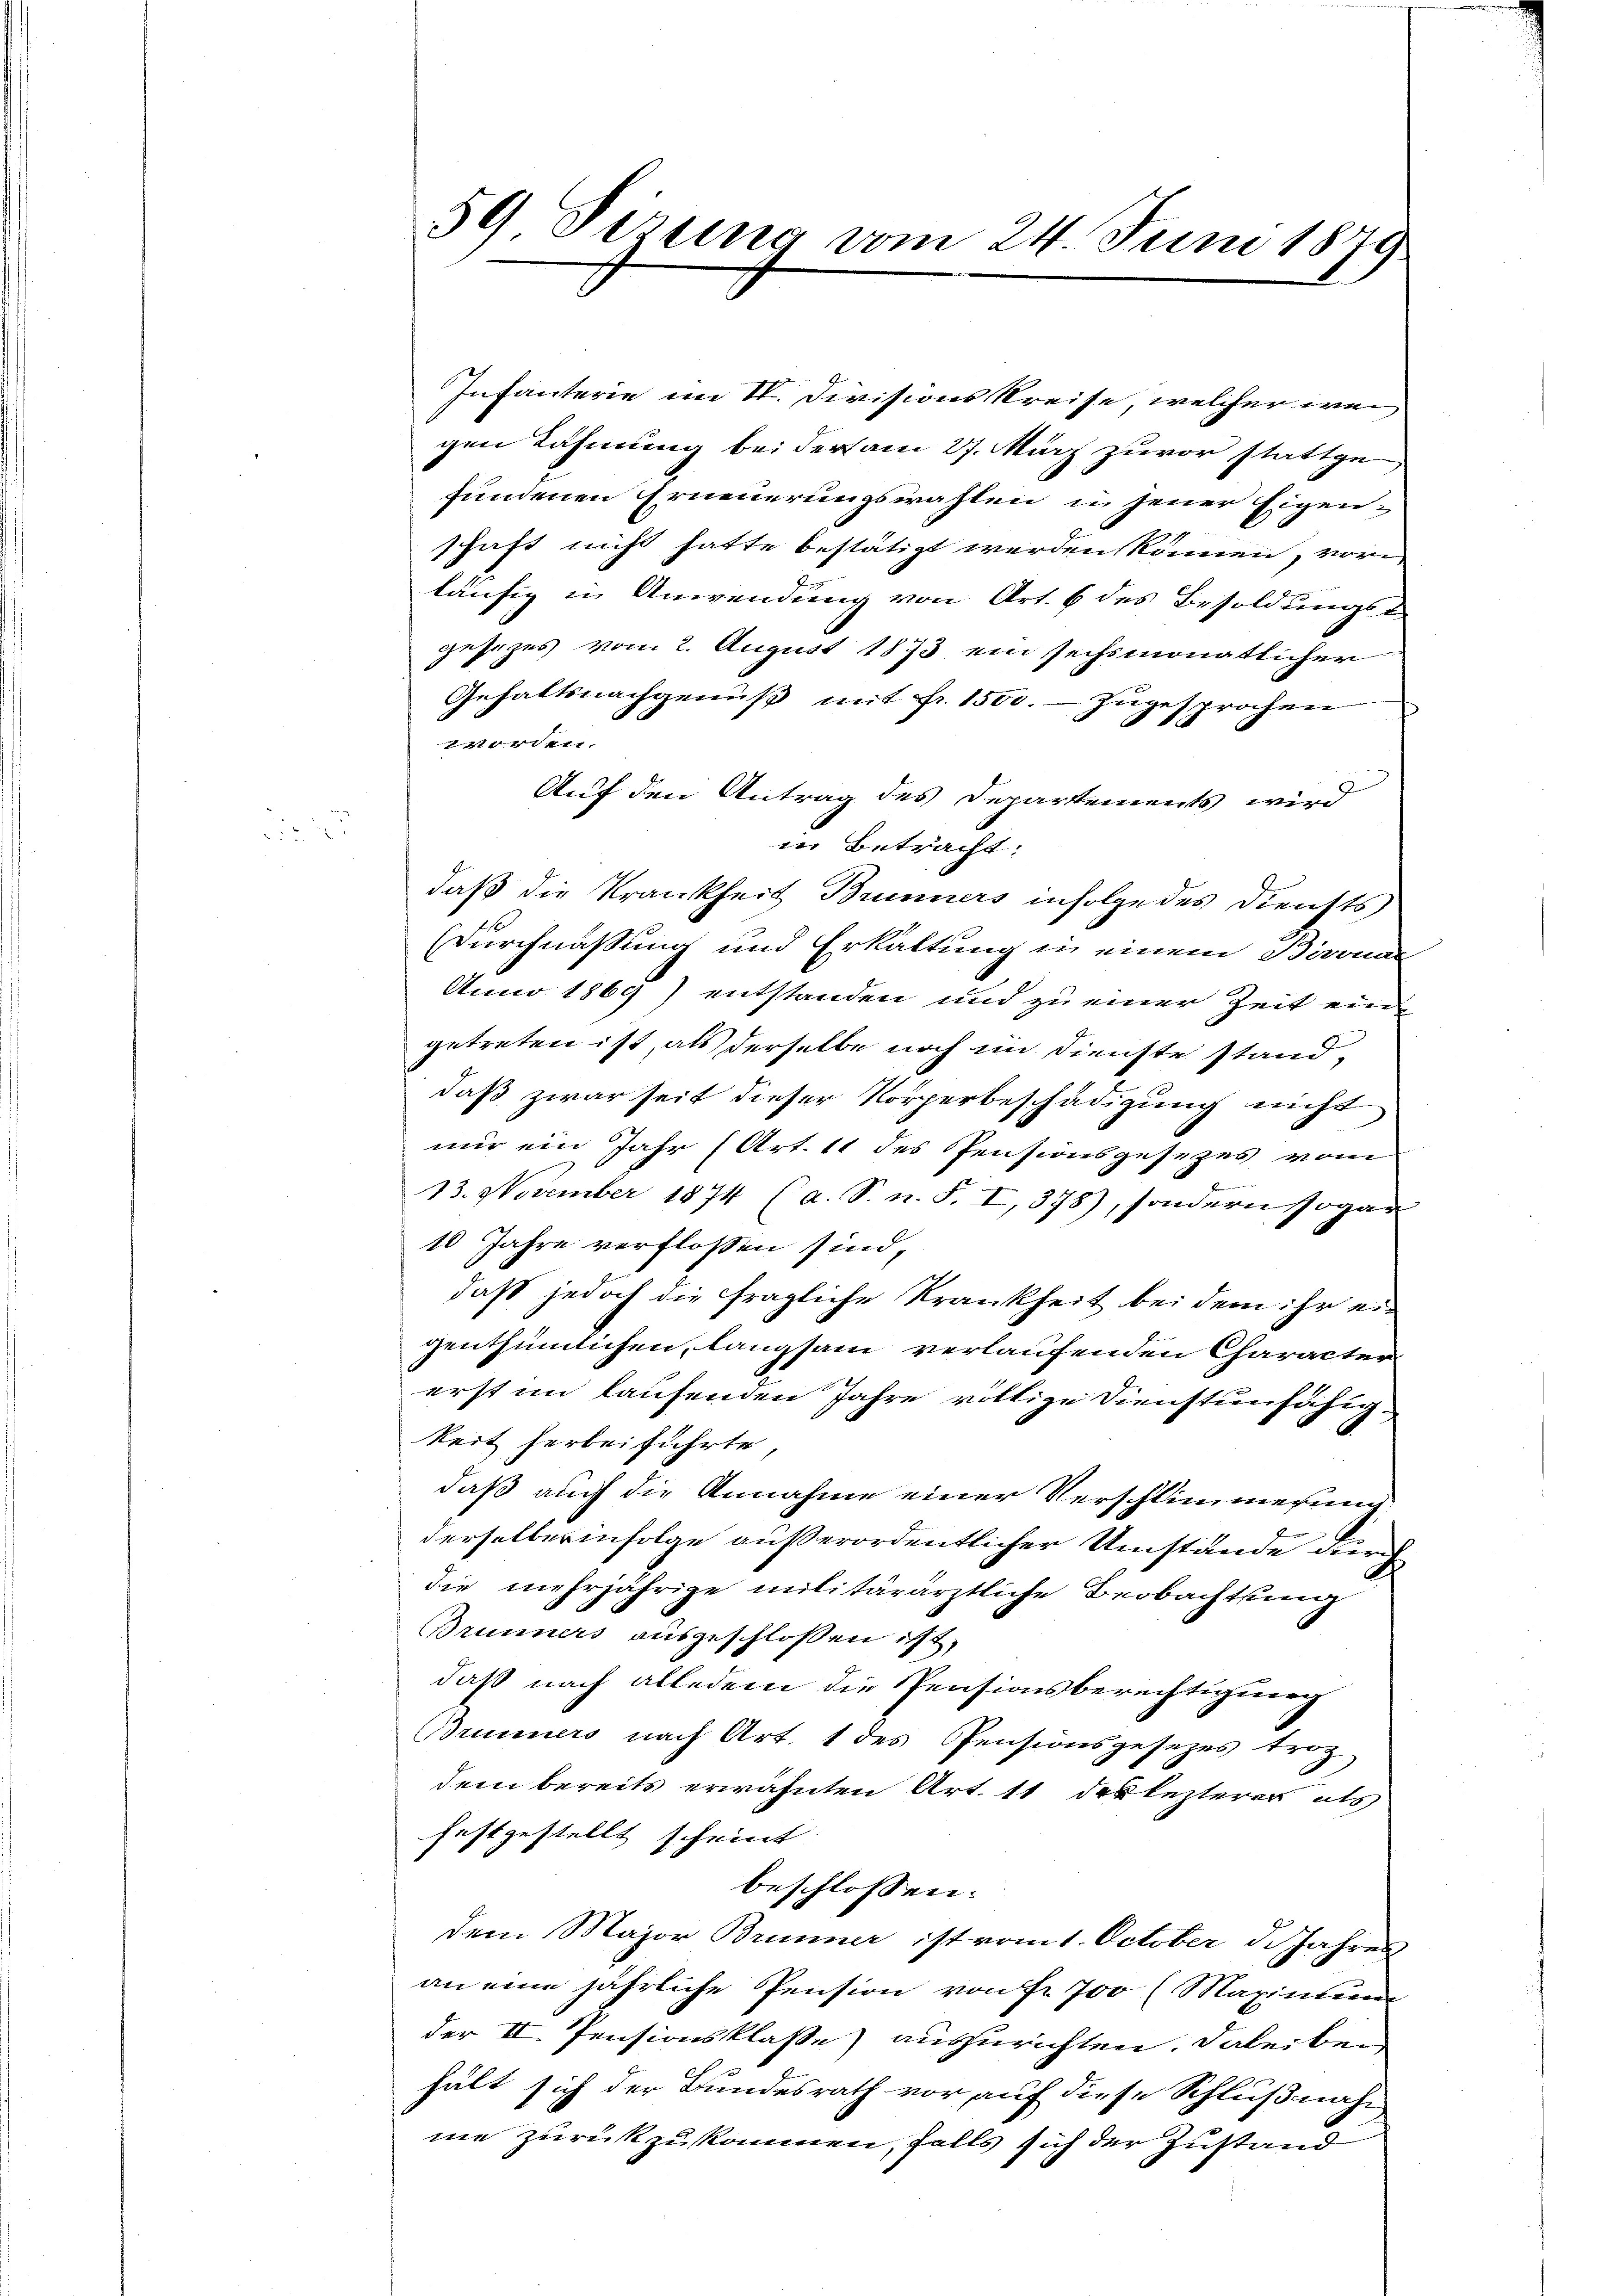
59 Sizung vom 24. Juni 1879.

Infanterie im St. Divisions Kreise, welcher wei
gen Rahmung bei ders am 27. März zuvor stattge
fundenen Erneuerungswahlen in jener Eigen-
schaft nicht hatte bestätigt werden können, vor
läufig in Anwendung von Art. 6 des Besoldungst
gesetzes vom 2. August 1873 ein sechsmonatlicher
Gehaltsnachgenuß mit fr. 1500.- zŭgesprochen
worden.
Auf den Antrag des Departements wird
in Betracht:
daß die Krankheit Brunners infolge des Diensts
(Durchnaßung und Erkaltung in einem Biroman
Anno 1869) entstanden und zu einer Zeit ein
getreten ist als derselbe noch im Dienste stand,
daß zwar seit dieser Körperbeschädigung nicht
mur ein Jahr (Art. 11 des Pensionsgesezes vom
13. November 1874 (a. S. n. F. I,378), sondern sogar
10 Jahre verflossen sind,
daß jedoch die fragliche Krankheit bei dem ihr eigenthümlichen, langsam verlaufenden Character
erst im laufenden Jahre völlige Dienstunfähigkeit herbeiführte
daß auch die Annahme einer Verschlimmerung,
derselber infolge außerordentlicher Umstände durch
die mehrjährige militärärztliche Beobachtung
Brunners ausgeschlossen ist,
daß nach alledem die Pensionsberechtigung
Brunners nach Art. 1 des Pensionsgesezes trot
dem bereits erwähnten Art. 11 des lezterer als
festgestellt scheint.
beschlossen.
dem Major Brunner ist vom 1. October d. Jahres
an eine jährliche Pension von Fr. 700 (Maximu
der II. Pensionsklasse auszurichten. Dabeiben
hält sich der Bundesrath vor auf diese Schlußnahme zurückzukommen, falls sich der Zustand